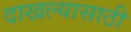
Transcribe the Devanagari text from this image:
दाखल्यासाठी